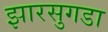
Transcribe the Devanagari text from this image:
झारसुगडा